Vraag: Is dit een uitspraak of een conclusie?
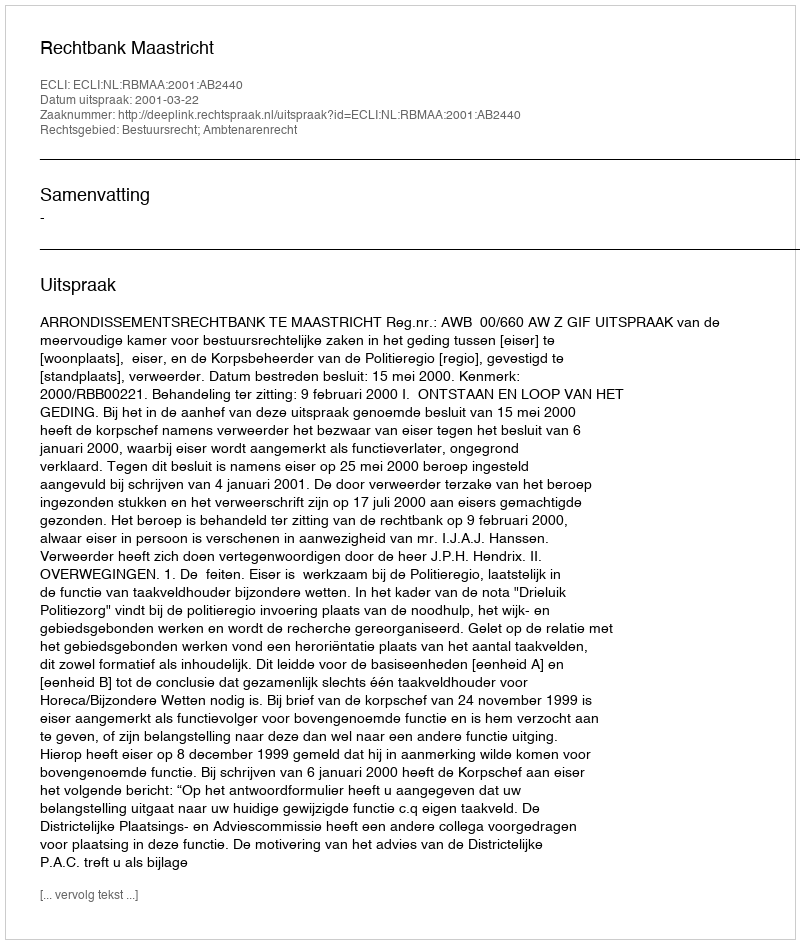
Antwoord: Uitspraak